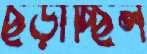
ছড়াচ্ছিল